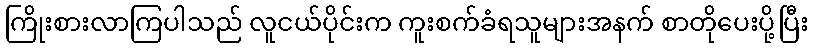
ကြိုးစားလာကြပါသည် လူငယ်ပိုင်းက ကူးစက်ခံရသူများအနက် စာတိုပေးပို့ပြီး